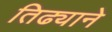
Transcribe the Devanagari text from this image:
तिढ्याने